Vaccination in Burma 1889-1999 - 1889-1999
Year: 1889
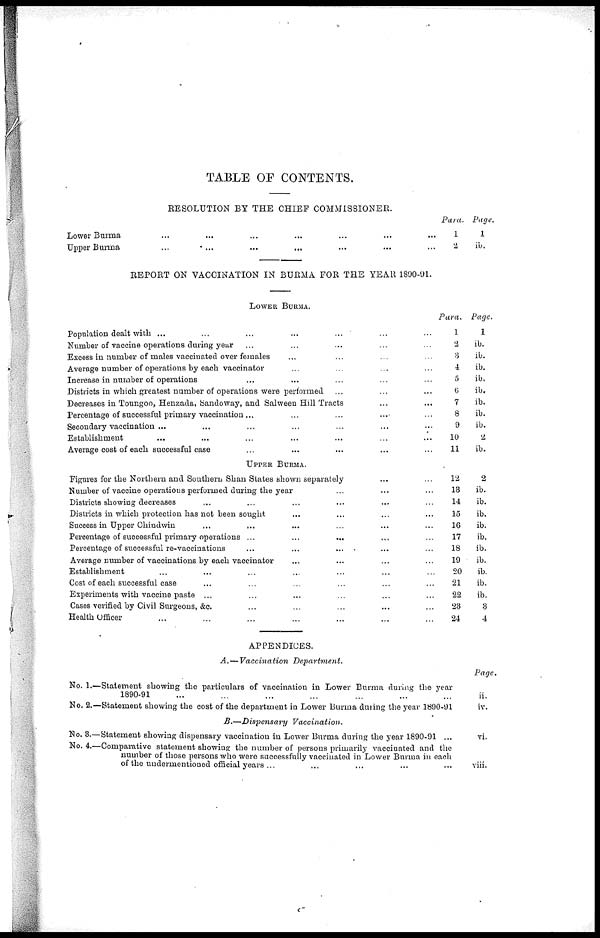
TABLE OF CONTENTS.
RESOLUTION BY THE CHIEF COMMISSIONER.
Lower Burma
... ... ... ... ... ... ...
Upper Burma
... ... ... ... ... ... ...
Para.
1
2
Page.
1
ib.
REPORT ON VACCINATION IN BURMA FOR THE YEAR 1890-91.
LOWER BURMA.
Population dealt with ... ... ... ... ... ... ...
Number of vaccine operations during year ... ... ... ... ...
Excess in number of males vaccinated over females ... ... ... ...
Average number of operations by each vaccinator ... ... ... ...
Increase in number of operations ... ... ... ... ...
Districts in which greatest number of operations were performed ... ... ...
Decreases in Toungoo, Henzada, Sandoway, and Salween Hill Tracts
...
...
Percentage of successful primary vaccination...
Secondary vaccination ... ... ... ... ... ... ...
Establishment ... ... ... ... ... ... ...
Average cost of each successful case ... ... ... ... ...
Para.
1
3
3
4
5
6
7
8
9
10
11
Page.
1
ib.
ib.
ib.
ib.
ib.
ib.
ib.
ib.
2
ib.
UPPER BURMA.
Figures for the Northern and Southern Shan States shown separately ... ...
Number of vaccine operations performed during the year ... ... ...
Districts showing decreases ... ... ... ... ... ...
Districts in which protection has not been sought ... ... ... ...
Success in Upper Chindwin ... ... ... ... ... ...
Percentage of successful primary operations ... ... ... ... ...
Percentage of successful re-vaccinations ... ... ... ... ...
Average number of vaccinations by each vaccinator ... ... ... ...
Establishment ... ... ... ... ... ... ... ...
Cost of each successful case ... ... ... ... ... ...
Experiments with vaccine paste ... ... ... ... ... ... ...
Cases verified by Civil Surgeons, &c. ... ... ... ... ...
Health Officer ... ... ... ... ... ... ...
12
13
14
15
16
17
18
19
20
21
22
28
24
2
ib.
ib.
ib.
ib.
ib.
ib.
ib.
ib.
ib.
ib.
3
4
APPENDICES.
A.—Vaccination
Department.
Page.
No. 1.—
No. 2.—
Statement showing the particulars of vaccination in Lower Burma during the year
1890-91 ... ... ... ... ... ... ...
Statement showing the cost of the department in Lower Burma during the year 1890-91
ii.
iv.
B.—Dispensary
Vaccination.
No. 3.—
No. 4.—
Statement showing dispensary vaccination in Lower Burma during the year 1890-91 ...
Comparative statement showing the number of persons primarily vaccinated and the
number of those persons who were successfully vaccinated in Lower Burma in each
of the undermentioned official years ...
vi.
viii.